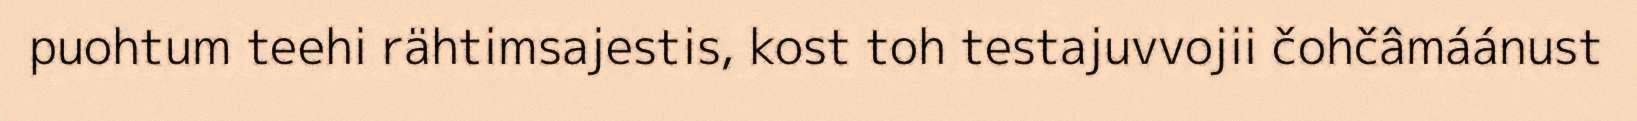
puohtum teehi rähtimsajestis, kost toh testajuvvojii čohčâmáánust